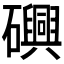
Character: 𮁕